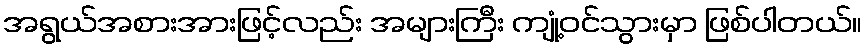
အရွယ်အစားအားဖြင့်လည်း အများကြီး ကျုံ့ဝင်သွားမှာ ဖြစ်ပါတယ်။